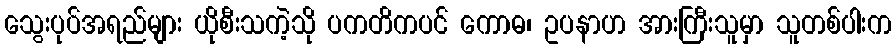
သွေးပုပ်အရည်များ ယိုစီးသကဲ့သို ပကတိကပင် ကောဓ၊ ဥပနာဟ အားကြီးသူမှာ သူတစ်ပါးက